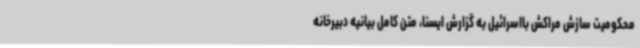
محکومیت سازش مراکش بااسرائیل به گزارش ایسنا، متن کامل بیانیه دبیرخانه